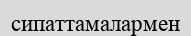
сипаттамалармен